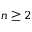
n \geq 2